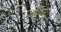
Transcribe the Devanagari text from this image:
गोल्ला